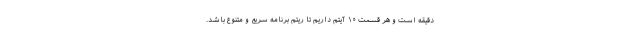
دقیقه است و هر قسمت ۱۰ آیتم داریم تا ریتم برنامه سریع و متنوع باشد.